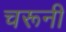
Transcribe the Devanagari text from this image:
चरूनी